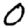
Digit: 0